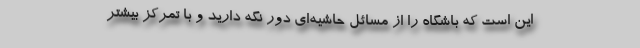
این است که باشگاه را از مسائل حاشیه‌ای دور نگه دارید و با تمرکز بیشتر